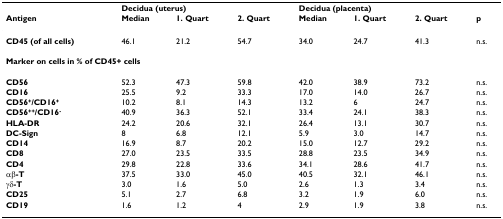
<table><thead><tr><td></td><td colspan="3"><b>Decidua (uterus)</b></td><td colspan="3"><b>Decidua (placenta)</b></td><td></td></tr><tr><td><b>Antigen</b></td><td><b>Median</b></td><td><b>1. Quart</b></td><td><b>2. Quart</b></td><td><b>Median</b></td><td><b>1. Quart</b></td><td><b>2. Quart</b></td><td><b>p</b></td></tr></thead><tbody><tr><td><b>CD45 (of all cells)</b></td><td>46.1</td><td>21.2</td><td>54.7</td><td>34.0</td><td>24.7</td><td>41.3</td><td>n.s.</td></tr><tr><td colspan="8"><b>Marker on cells in % of CD45+ cells</b></td></tr><tr><td><b>CD56</b></td><td>52.3</td><td>47.3</td><td>59.8</td><td>42.0</td><td>38.9</td><td>73.2</td><td>n.s.</td></tr><tr><td><b>CD16</b></td><td>25.5</td><td>9.2</td><td>33.3</td><td>17.0</td><td>14.0</td><td>26.7</td><td>n.s.</td></tr><tr><td><b>CD56<sup>+</sup>/CD16<sup>+</sup></b></td><td>10.2</td><td>8.1</td><td>14.3</td><td>13.2</td><td>6</td><td>24.7</td><td>n.s.</td></tr><tr><td><b>CD56<sup>++</sup>/CD16<sup>-</sup></b></td><td>40.9</td><td>36.3</td><td>52.1</td><td>33.4</td><td>24.1</td><td>38.3</td><td>n.s.</td></tr><tr><td><b>HLA-DR</b></td><td>24.2</td><td>20.6</td><td>32.1</td><td>26.4</td><td>13.1</td><td>30.7</td><td>n.s.</td></tr><tr><td><b>DC-Sign</b></td><td>8</td><td>6.8</td><td>12.1</td><td>5.9</td><td>3.0</td><td>14.7</td><td>n.s.</td></tr><tr><td><b>CD14</b></td><td>16.9</td><td>8.7</td><td>20.2</td><td>15.0</td><td>12.7</td><td>29.2</td><td>n.s.</td></tr><tr><td><b>CD8</b></td><td>27.0</td><td>23.5</td><td>33.5</td><td>28.8</td><td>23.5</td><td>34.9</td><td>n.s.</td></tr><tr><td><b>CD4</b></td><td>29.8</td><td>22.8</td><td>33.6</td><td>34.1</td><td>28.6</td><td>41.7</td><td>n.s.</td></tr><tr><td><b>αβ-T</b></td><td>37.5</td><td>33.0</td><td>45.0</td><td>40.5</td><td>32.1</td><td>46.1</td><td>n.s.</td></tr><tr><td><b>γδ-T</b></td><td>3.0</td><td>1.6</td><td>5.0</td><td>2.6</td><td>1.3</td><td>3.4</td><td>n.s.</td></tr><tr><td><b>CD25</b></td><td>5.1</td><td>2.7</td><td>6.8</td><td>3.2</td><td>1.9</td><td>6.0</td><td>n.s.</td></tr><tr><td><b>CD19</b></td><td>1.6</td><td>1.2</td><td>4</td><td>2.9</td><td>1.9</td><td>3.8</td><td>n.s.</td></tr></tbody></table>